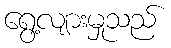
ရွေ့လျားမှုသည်